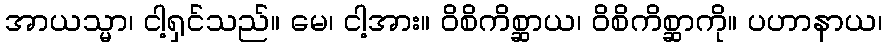
အာယသ္မာ၊ ငါ့ရှင်သည်။ မေ၊ ငါ့အား။ ဝိစိကိစ္ဆာယ၊ ဝိစိကိစ္ဆာကို။ ပဟာနာယ၊